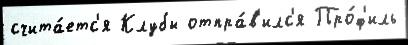
счита́етс'я Клубы отпра́в'илс'я Про́ф'иль